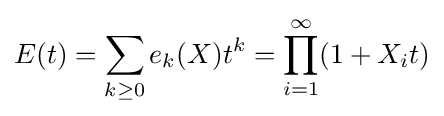
E(t)=\sum _{k\geq 0}e_{k}(X)t^{k}=\prod _{i=1}^{\infty }(1+X_{i}t)